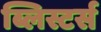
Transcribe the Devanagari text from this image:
ब्लिस्टर्स